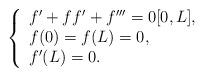
LaTeX: \begin{align*}\left\{\begin{array}[l]{l}f^{\prime}+ff^{\prime}+f^{\prime\prime\prime}=0 [0,L],\\f(0)=f(L)=0,\\f'(L)=0.\end{array}\right.\end{align*}